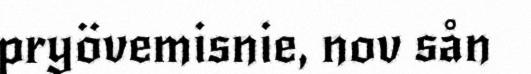
pryövemisnie, nov sån